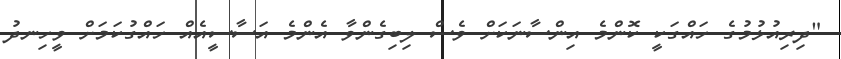
"ދިރިއުޅުމުގެ ހައްގަކީ ކޮންމެ އިންސާނަކަށް ވެސް ލިބިގެންވާ އެންމެ އަސާސީއެއް ހައްގުކަމަށް ވީހިނދު